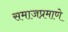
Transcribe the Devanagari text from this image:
समाजप्रमाणे